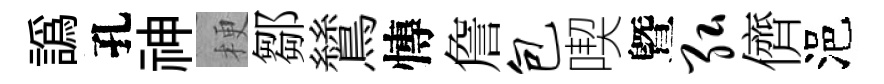
譌孔神梗鄒鷥慱詹包喫曁弘儕浥